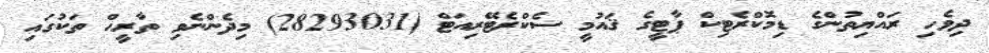
ދިވެހި ރައްޔިތުންގެ ޑިމޮކްރެޓިކް ޕާޓީގެ ޤައުމީ ސެކްރެޓޭރިއަޓް (28293031) މިދެންނެވި ތާރީޙް ތަކުގައި